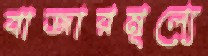
বাজারমূল্যে